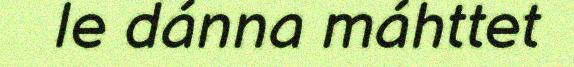
le dánna máhttet